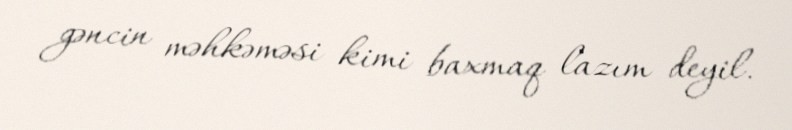
gəncin məhkəməsi kimi baxmaq lazım deyil.